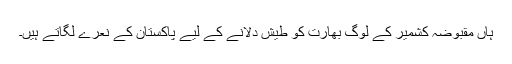
ہاں مقبوضہ کشمیر کے لوگ بھارت کو طیش دلانے کے لیے پاکستان کے نعرے لگاتے ہیں۔